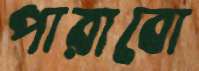
পারাবো